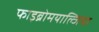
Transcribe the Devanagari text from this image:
फाइब्रोमयाल्जिया